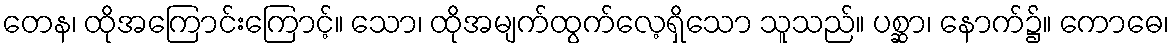
တေန၊ ထိုအကြောင်းကြောင့်။ သော၊ ထိုအမျက်ထွက်လေ့ရှိသော သူသည်။ ပစ္ဆာ၊ နောက်၌။ ကောဓေ၊